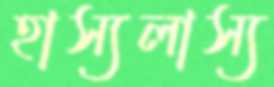
হাস্যলাস্য